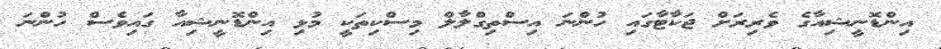
އިންޑޮނީޝިއާގެ ވެރިރަށް ޖަކާޓާގައި ހުންނަ އިސްތިގްލާލް މިސްކިތަކީ މުޅި އިންޑޮނީޝިއާ ގައިވެސް ހުންނަ